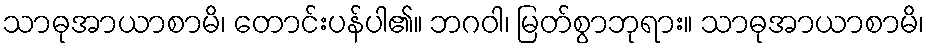
သာဓုအာယာစာမိ၊ တောင်းပန်ပါ၏။ ဘဂဝါ၊ မြတ်စွာဘုရား။ သာဓုအာယာစာမိ၊